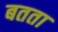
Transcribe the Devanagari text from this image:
बतता